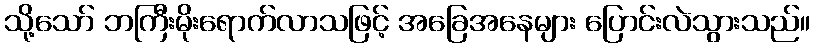
သို့သော် ဘကြီးမိုးရောက်လာသဖြင့် အခြေအနေများ ပြောင်းလဲသွားသည်။